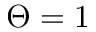
\Theta = 1